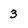
Character: 3